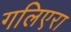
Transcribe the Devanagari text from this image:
गलिएरा